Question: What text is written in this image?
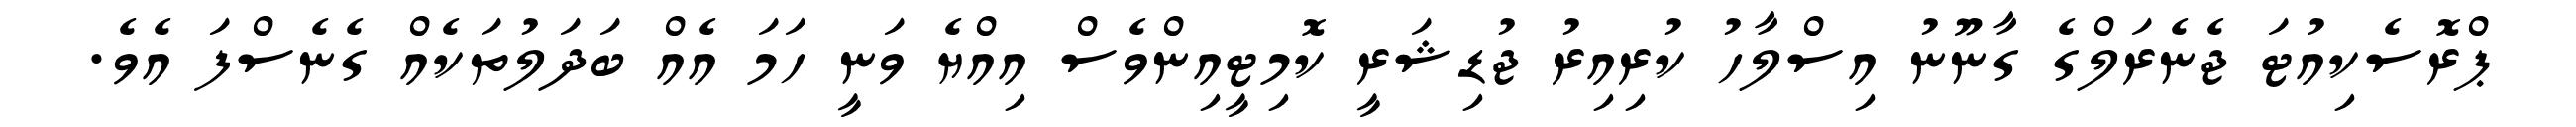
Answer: ޕްރޮސެކިއުޓަ ޖެނެރަލްގެ ގާނޫނު އިސްލާހު ކުރިއިރު ޖުޑިޝަރީ ކޮމިޓީއިންވެސް އިއްޔެ ވަނީ ހަމަ އެއް ބަދަލުތަކެއް ގެނެސްފަ އެވެ.